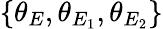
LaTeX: \{ \theta_{E},\theta_{E_{1}},\theta_{E_{2}}\}